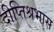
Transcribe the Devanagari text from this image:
दीप्तिश्रभास